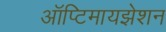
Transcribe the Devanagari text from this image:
ऑप्टिमायझेशन